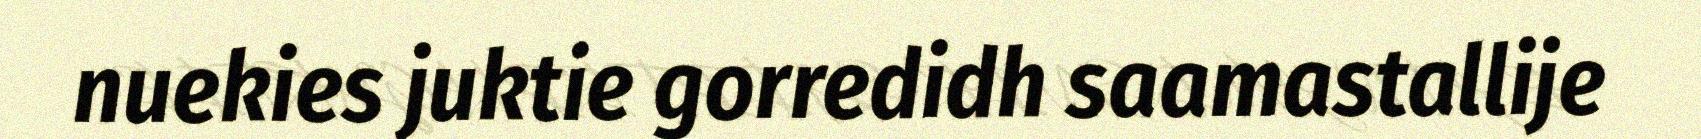
nuekies juktie gorredidh saamastallije